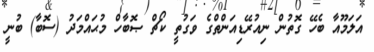
އަލަމޫއާ ބެހޭ ގޮތުން ނިއުރޭޑިއަންތްގެ ވަގުތީ ކޯޗް ޞޮބާހް މުޙައްމަދު (ސޮބާ) ބުނީ